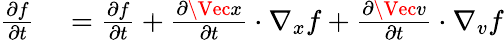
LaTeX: \begin{array}{rl}{\frac{\partial f}{\partial t}}&{{}=\frac{\partial f}{\partial t}+\frac{\partial\Vec{x}}{\partial t}\cdot\nabla_{x}f+\frac{\partial\Vec{v}}{\partial t}\cdot\nabla_{v}f}\end{array}